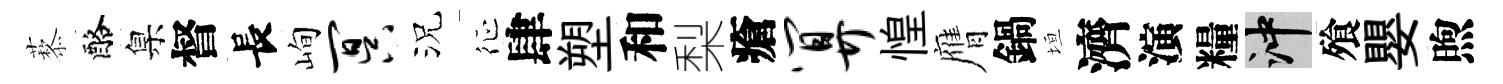
藜酪臬督長峋冥況征肆塑和梨瘡算惶膺鍋垣濟演糧冲飱嬰煦